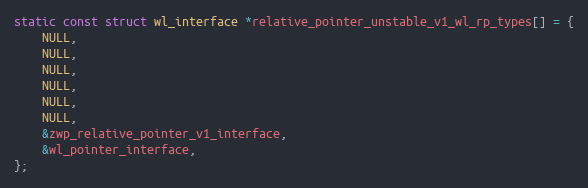
Language: C
static const struct wl_interface *relative_pointer_unstable_v1_wl_rp_types[] = {
	NULL,
	NULL,
	NULL,
	NULL,
	NULL,
	NULL,
	&zwp_relative_pointer_v1_interface,
	&wl_pointer_interface,
};